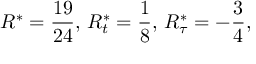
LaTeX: R ^ { * } = { \frac { 1 9 } { 2 4 } } , \, R _ { t } ^ { * } = { \frac { 1 } { 8 } } , \, R _ { \tau } ^ { * } = - { \frac { 3 } { 4 } } ,